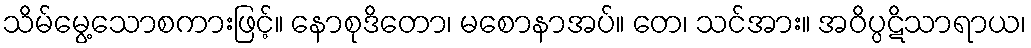
သိမ်မွေ့သောစကားဖြင့်။ နောစုဒိတော၊ မစောနာအပ်။ တေ၊ သင်အား။ အဝိပ္ပဋိသာရာယ၊